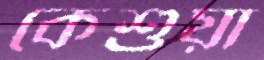
কেশুয়া